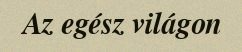
Az egész világon